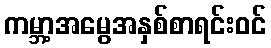
ကမ္ဘာ့အမွေအနှစ်စာရင်းဝင်